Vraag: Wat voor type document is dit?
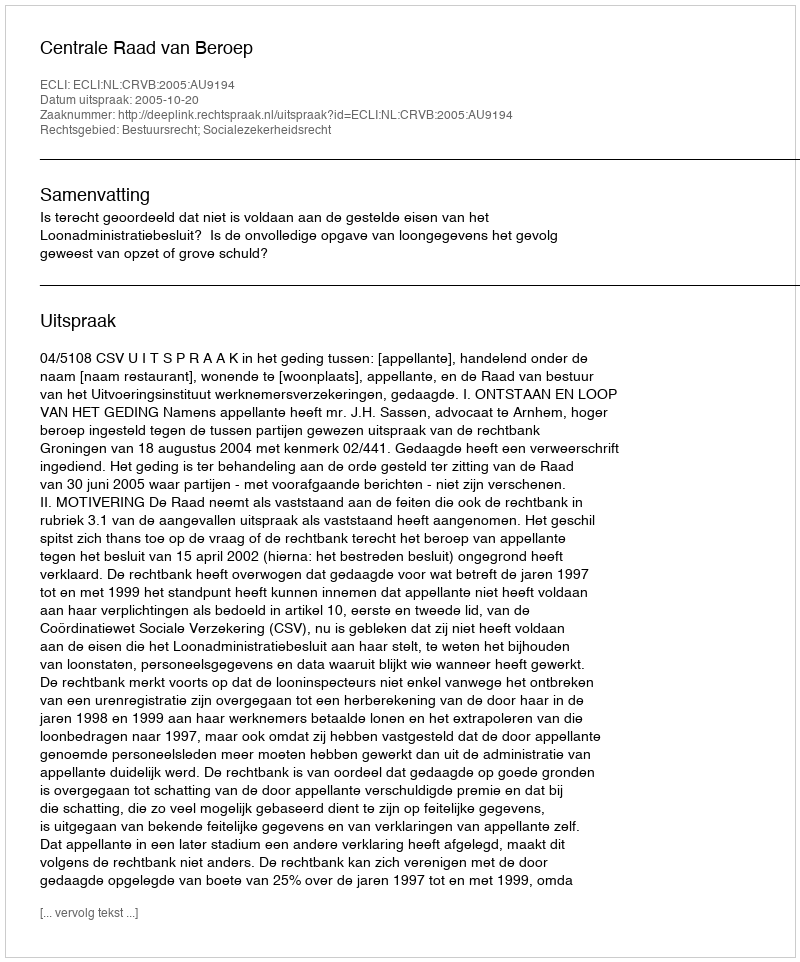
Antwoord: Uitspraak